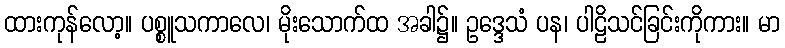
ထားကုန်လော့။ ပစ္စူသကာလေ၊ မိုးသောက်ထ အခါ၌။ ဥဒ္ဒေသံ ပန၊ ပါဠိသင်ခြင်းကိုကား။ မာ